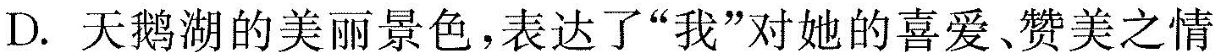
D.天鹅湖的美丽景色，表达了”我”对她的喜爱。赞美之情